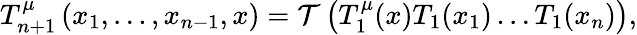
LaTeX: T_{n+1}^{\mu}\left(x_{1},\ldots,x_{n-1},x\right)={\cal T}\left(T_{1}^{\mu}(x)T_{1}(x_{1})\ldots T_{1}(x_{n})\right),